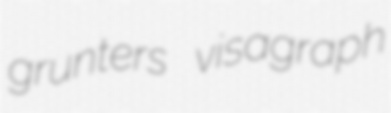
grunters visagraph